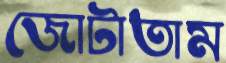
জোটাতাম